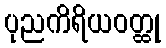
ပုညကိရိယဝတ္ထု